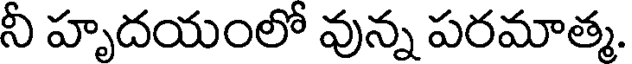
నీ హృదయంలో వున్న పరమాత్మ.